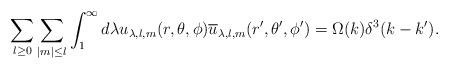
LaTeX: \begin{align*}\sum_{l\geq 0}\sum_{\mid m\mid\leq l}\int_1^{\infty} d\lambda u_{\lambda, l, m}(r,\theta,\phi) \overline{u}_{\lambda, l, m}(r^{\prime},\theta^{\prime},\phi^{\prime}) = \Omega(k)\delta^3(k - k^{\prime}).\end{align*}